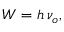
W = h \, \nu _ { o } ,